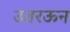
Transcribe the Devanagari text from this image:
उतरऊन